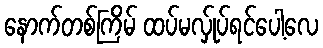
နောက်တစ်ကြိမ် ထပ်မလ်ှုပ်ရင်ပေါ့လေ